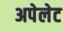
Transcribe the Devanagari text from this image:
अपेलेट